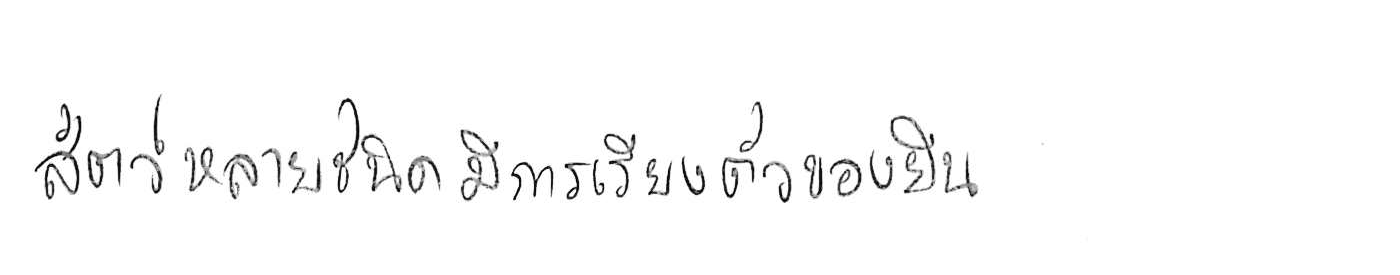
สัตว์หลายชนิดมีการเรียงตัวของยีน